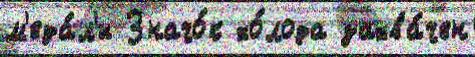
м'еда́л'и Значо́к хо́лода захва́чен